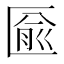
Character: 匬